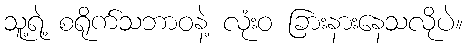
သူ့ရဲ့ စရိုက်သဘာဝနဲ့ လုံးဝ ခြားနားနေသလိုပဲ။